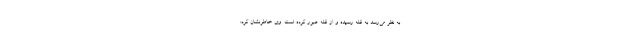
به نظر می‌رسد به قله رسیده و از قله عبور کرده است. وی خاطرنشان کرد: